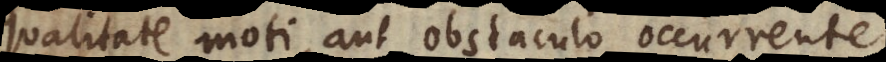
qualitate moti, aut obstaculo occurente